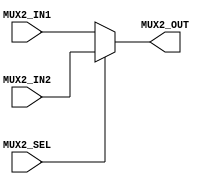
module MUX (MUX2_IN1, MUX2_IN2, MUX2_SEL, MUX2_OUT);
    
    parameter LENGTH = 0;
    input MUX2_SEL;
    input [LENGTH-1:0] MUX2_IN1, MUX2_IN2;
    output [LENGTH-1:0] MUX2_OUT;

    assign MUX2_OUT = (MUX2_SEL == 0) ? MUX2_IN1 : MUX2_IN2;

endmodule